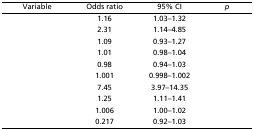
<table><thead><tr><td><b>Variable</b></td><td><b>Odds ratio</b></td><td><b>95% CI</b></td><td><b><i>p</i></b></td></tr></thead><tbody><tr><td>[EMPTY_CELL]</td><td>1.16</td><td>1.03–1.32</td><td>[EMPTY_CELL]</td></tr><tr><td>[EMPTY_CELL]</td><td>2.31</td><td>1.14–4.85</td><td>[EMPTY_CELL]</td></tr><tr><td>[EMPTY_CELL]</td><td>1.09</td><td>0.93–1.27</td><td>[EMPTY_CELL]</td></tr><tr><td>[EMPTY_CELL]</td><td>1.01</td><td>0.98–1.04</td><td>[EMPTY_CELL]</td></tr><tr><td>[EMPTY_CELL]</td><td>0.98</td><td>0.94–1.03</td><td>[EMPTY_CELL]</td></tr><tr><td>[EMPTY_CELL]</td><td>1.001</td><td>0.998–1.002</td><td>[EMPTY_CELL]</td></tr><tr><td>[EMPTY_CELL]</td><td>7.45</td><td>3.97–14.35</td><td>[EMPTY_CELL]</td></tr><tr><td>[EMPTY_CELL]</td><td>1.25</td><td>1.11–1.41</td><td>[EMPTY_CELL]</td></tr><tr><td>[EMPTY_CELL]</td><td>1.006</td><td>1.00–1.02</td><td>[EMPTY_CELL]</td></tr><tr><td>[EMPTY_CELL]</td><td>0.217</td><td>0.92–1.03</td><td>[EMPTY_CELL]</td></tr></tbody></table>